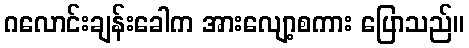
ဂလောင်းချန်းခေါက အားလျော့စကား ပြောသည်။